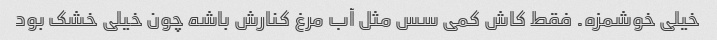
خیلی خوشمزه. فقط کاش کمی سس مثل آب مرغ کنارش باشه چون خیلی خشک بود